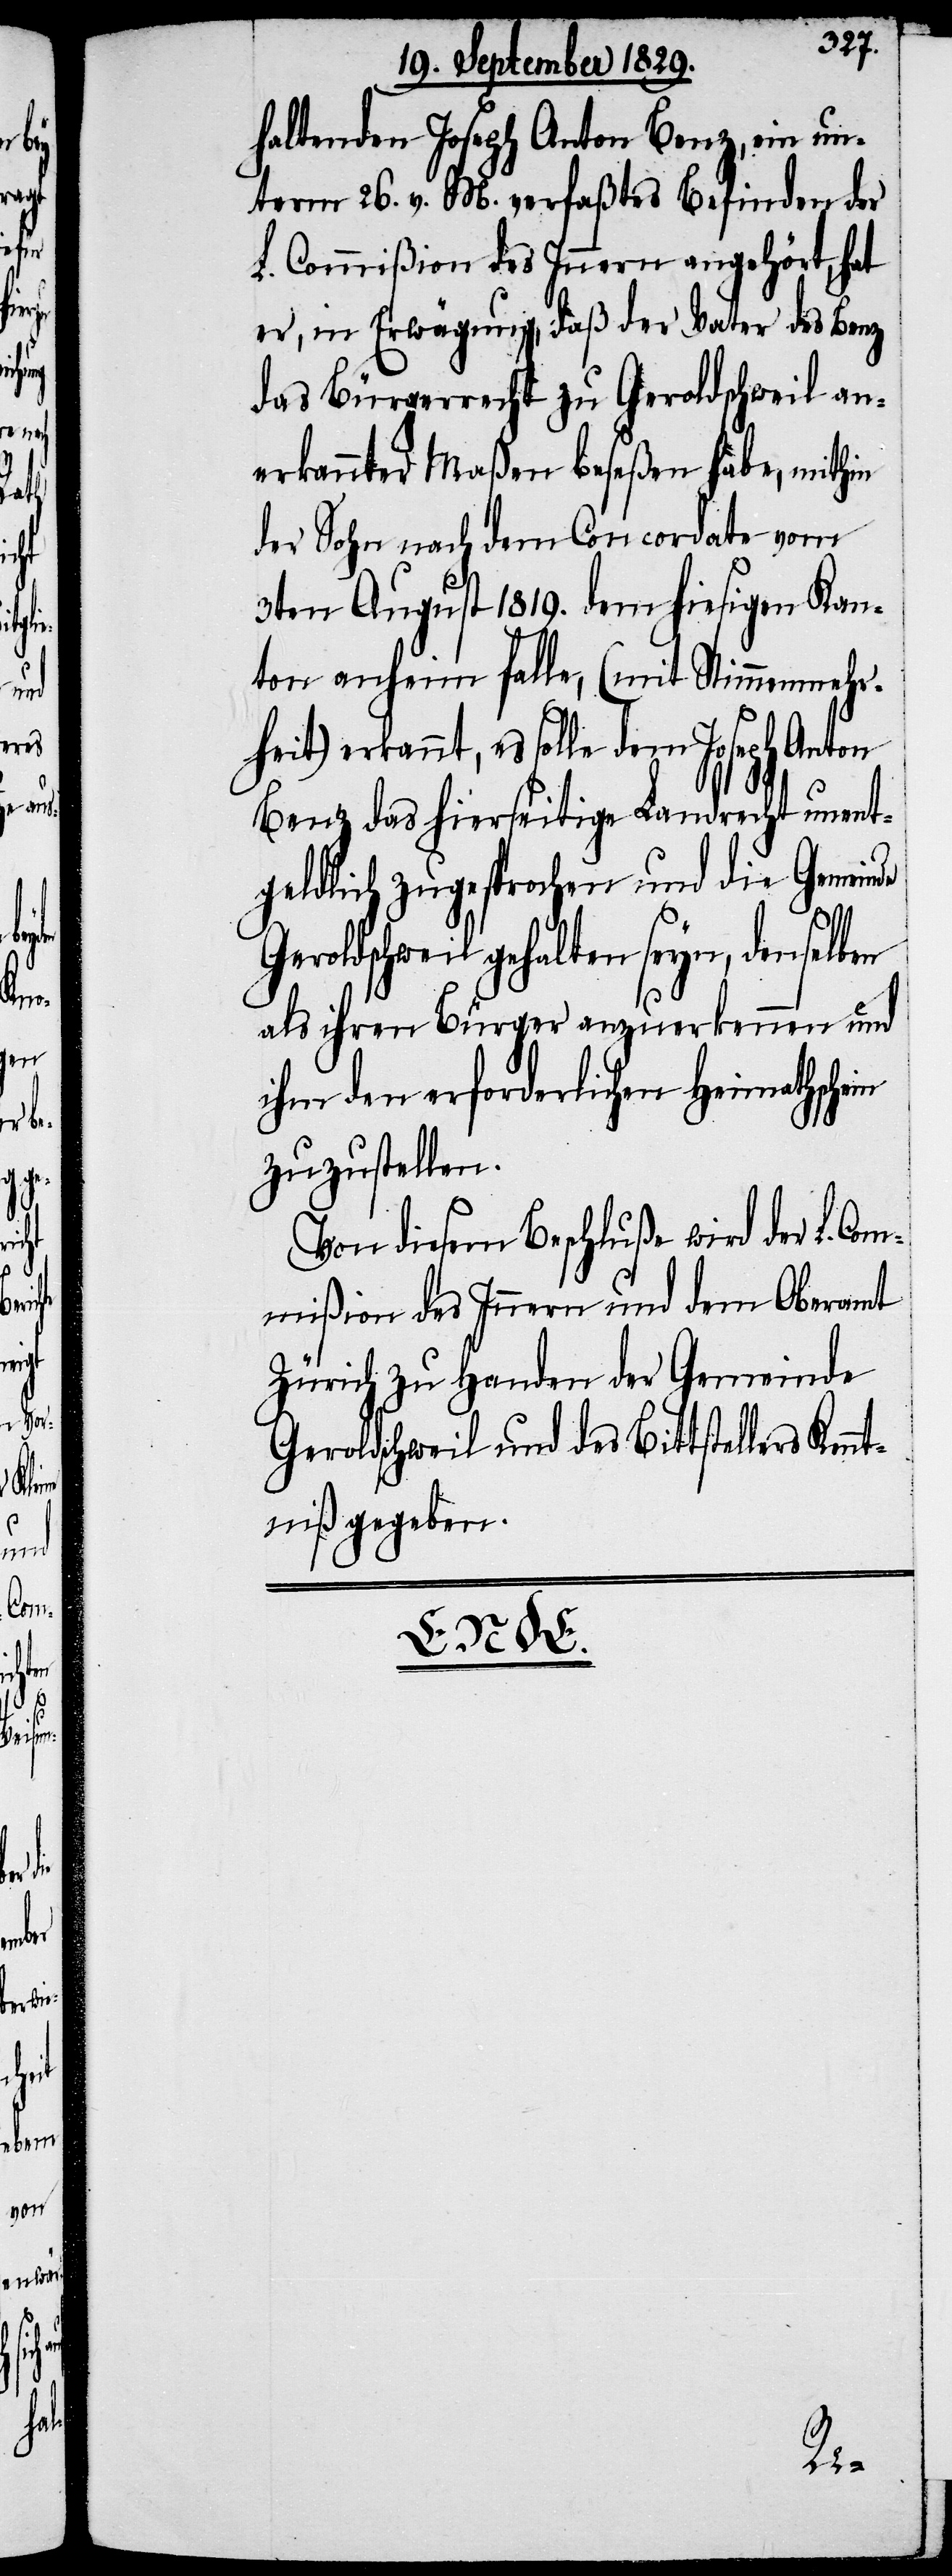
haltenden Joseph Anton Benz, ein un¬
term 26. v. M. verfaßtes Befinden der
L. Commißion des Innern angehört, hat
er, in Erwägung, daß der Vater des Benz
das Bürgerrecht zu Geroldschweil an¬
erkannter Maßen beseßen habe, mithin
der Sohn nach dem Concordate vom
3ten August 1819. dem hiesigen Kan¬
ton anheim falle, (mit Stimmenmehr¬
heit) erkannt, es solle dem Joseph Anton
Benz das hierseitige Landrecht untent¬
geldlich zugesprochen und die Gemeinde
Geroldschweil gehalten seyn, denselben
als ihren Bürger anzuerkennen und
ihm den erforderlichen Heimathschein
zuzustellen.
Von diesem Beschluß wird der L. Co¬
mmißion des Innern und dem Oberamt
Zürich zu Handen der Gemeinde
Geroldschweil und des Bittstellers Ken¬
ntniß gegeben.